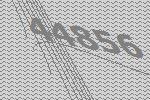
44856